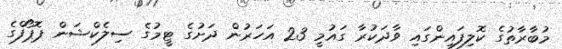
މުބާރާތުގެ ކޮލިފައިންގައި ވާދަކުރާ ގައުމީ 23 އަަހަރުން ދަށުގެ ޓީމުގެ ސިލެކްޝަން ޕޮޕޯފްގެ